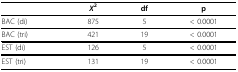
<table><thead><tr><td></td><td><b><i>X</i><sup>2</sup></b></td><td><b>df</b></td><td><b>p</b></td></tr></thead><tbody><tr><td>BAC (di)</td><td>875</td><td>5</td><td>&lt; 0.0001</td></tr><tr><td>BAC (tri)</td><td>421</td><td>19</td><td>&lt; 0.0001</td></tr><tr><td>EST (di)</td><td>126</td><td>5</td><td>&lt; 0.0001</td></tr><tr><td>EST (tri)</td><td>131</td><td>19</td><td>&lt; 0.0001</td></tr></tbody></table>